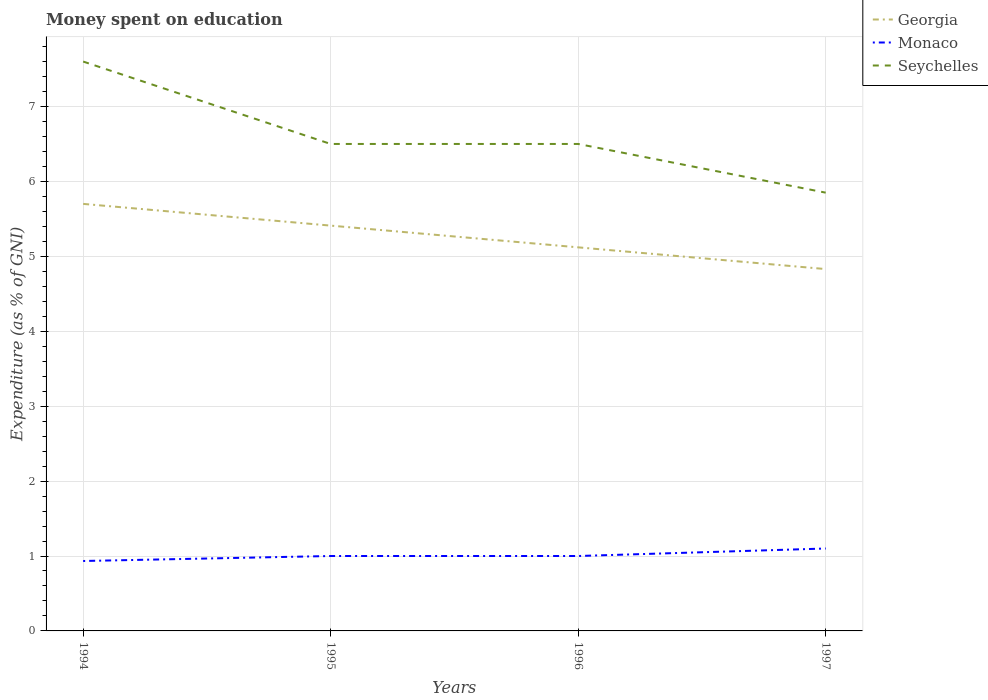
| Years | Georgia | Monaco | Seychelles |
 | --- | --- | --- | --- |
 | 1994 | 5.7 | 0.933 | 7.6 |
 | 1995 | 5.41 | 1 | 6.5 |
 | 1996 | 5.12 | 1 | 6.5 |
 | 1997 | 4.83 | 1.1 | 5.85 |